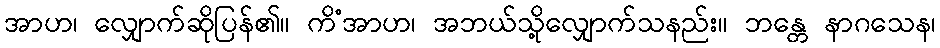
အာဟ၊ လျှောက်ဆိုပြန်၏။ ကိံအာဟ၊ အဘယ်သို့လျှောက်သနည်း။ ဘန္တေ နာဂသေန၊